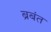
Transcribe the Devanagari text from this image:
ब्रबंत